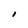
Character: I